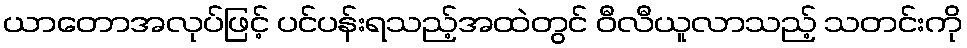
ယာတောအလုပ်ဖြင့် ပင်ပန်းရသည့်အထဲတွင် ဝီလီယူလာသည့် သတင်းကို